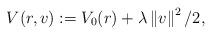
LaTeX: \begin{align*}V(r,v) := V_{0}(r) + \lambda \left\Vert v \right\Vert^{2} / 2,\end{align*}